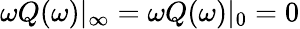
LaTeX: \omega Q(\omega)|_{\infty}=\omega Q(\omega)|_{0}=0